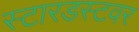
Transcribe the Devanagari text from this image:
स्टारडस्टवर